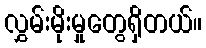
လွှမ်းမိုးမှုတွေရှိတယ်။